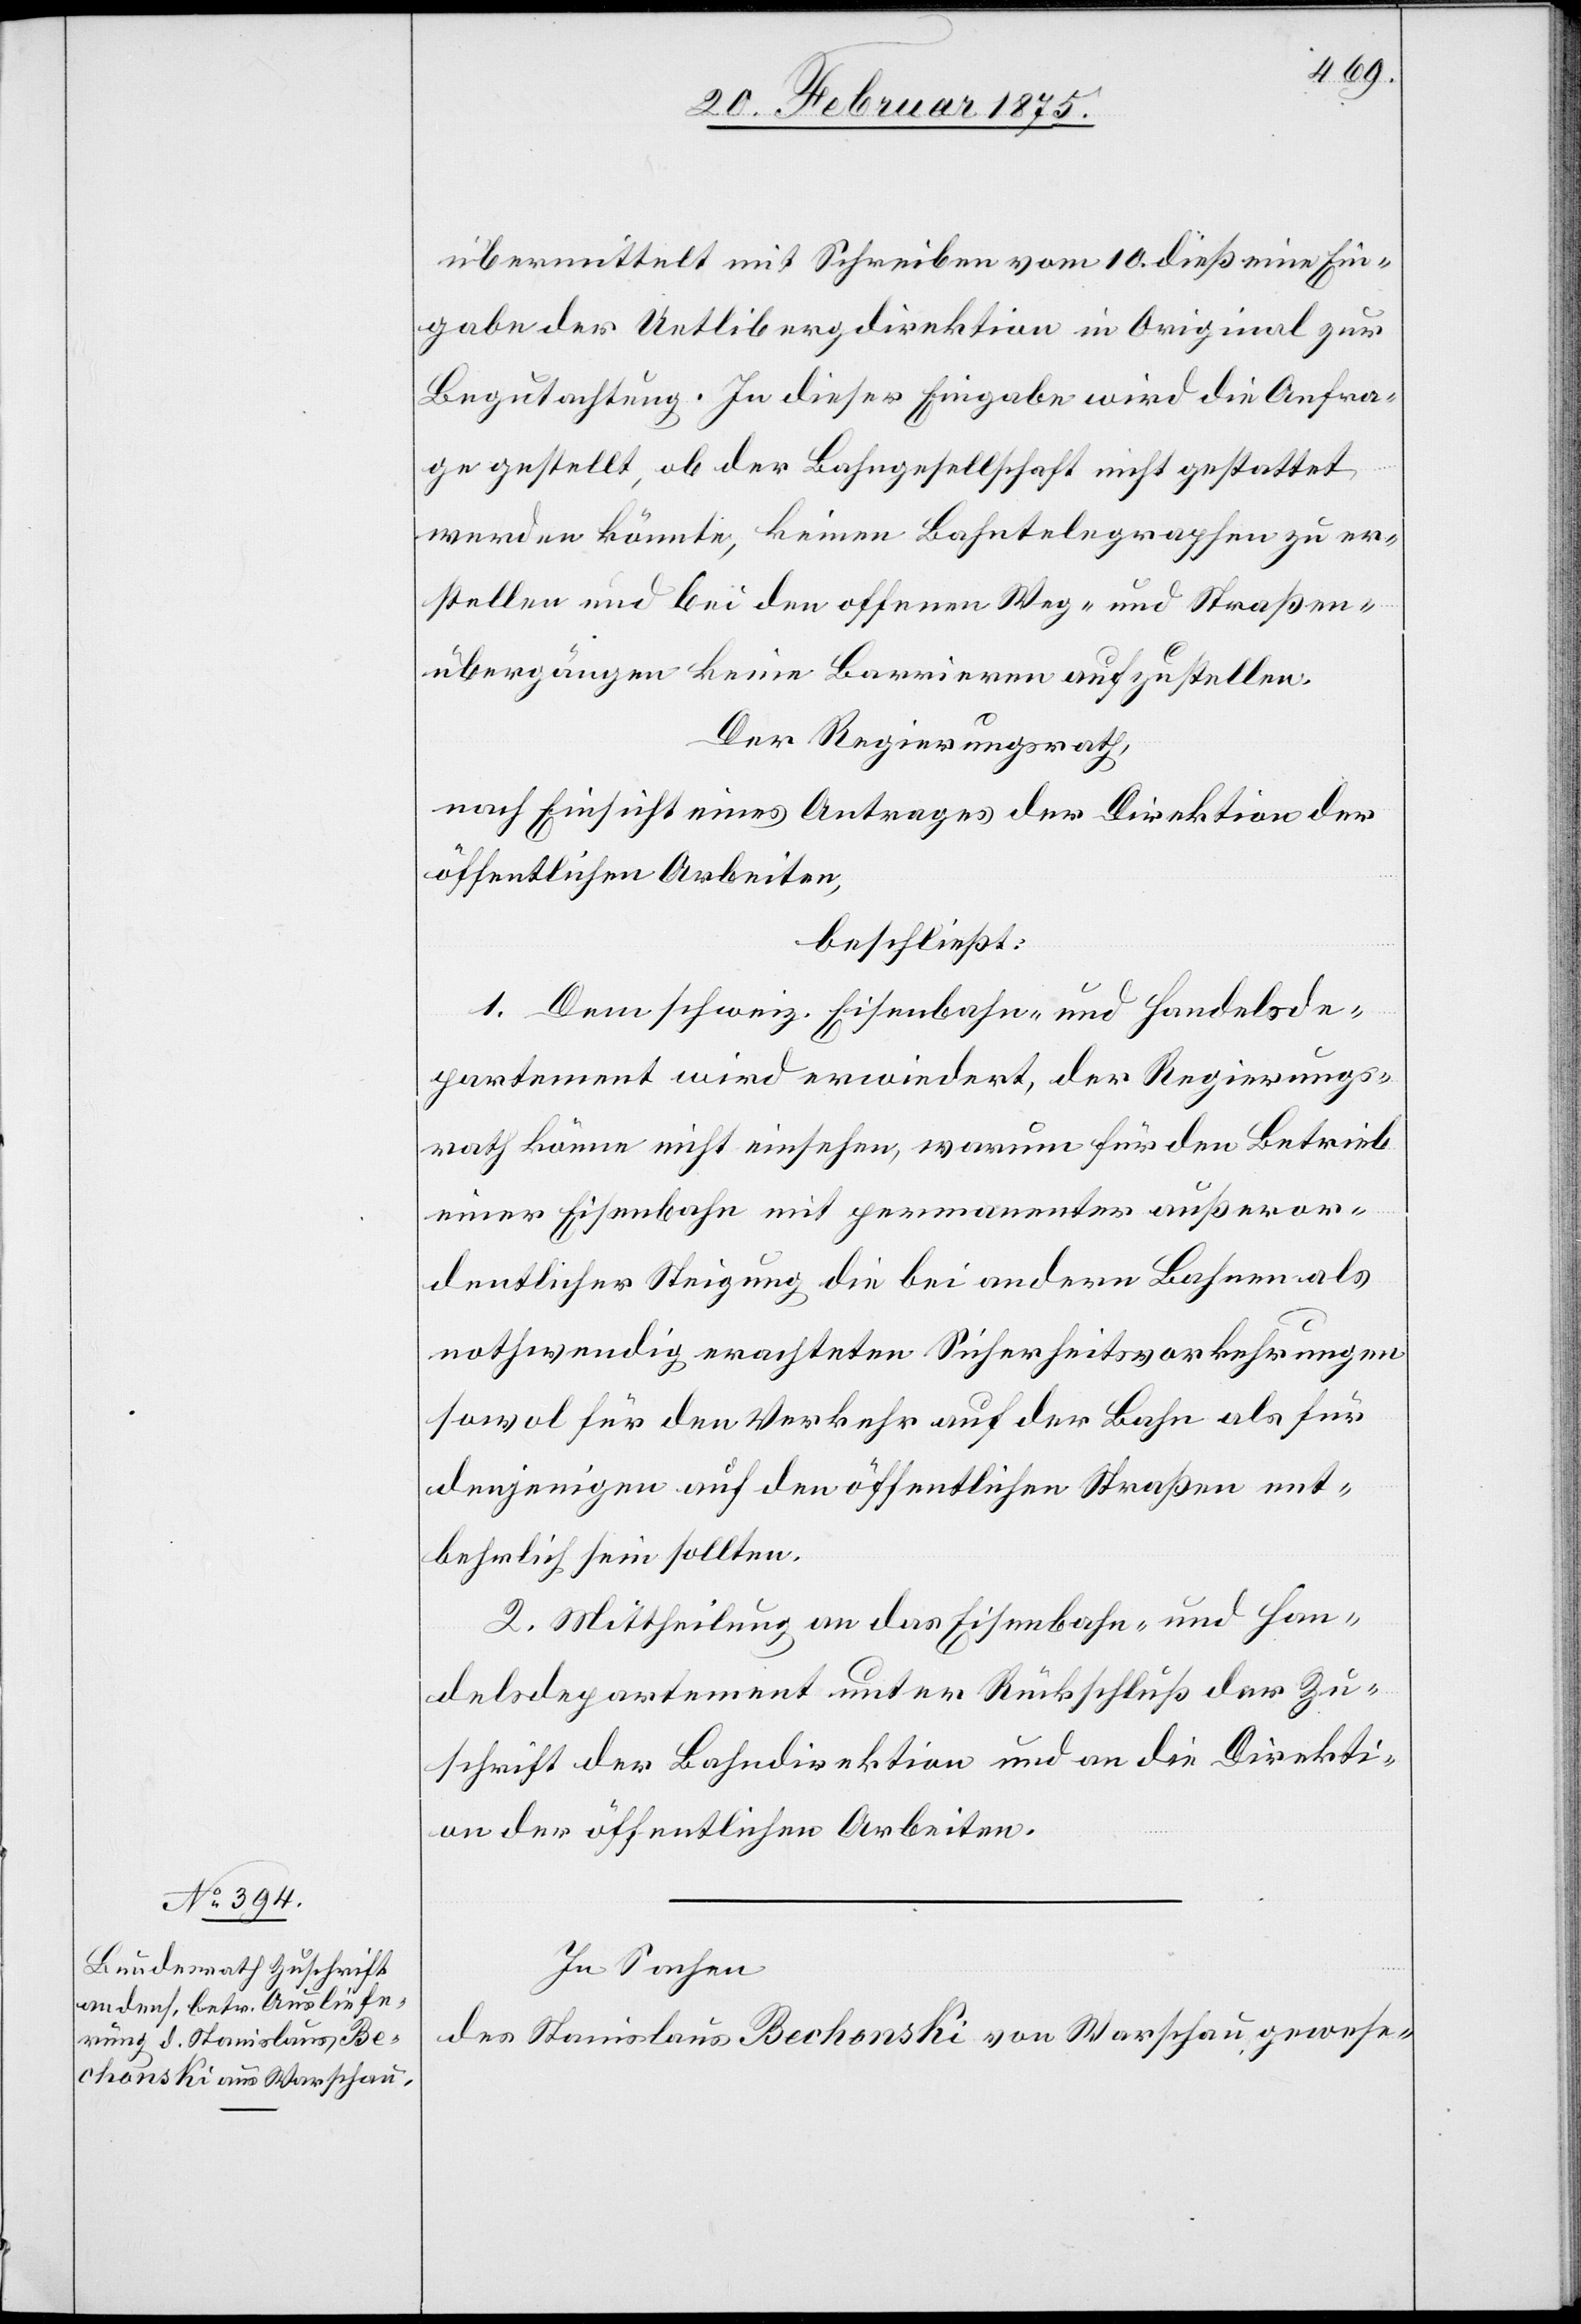
übermittelt mit Schreiben vom 10. dieß eine Ein¬
gabe der Uetlibergdirektion in Original zur
Begutachtung. In dieser Eingabe wird die Anfra¬
ge gestellt, ob der Bahngesellschaft nicht gestattet
werden könnte, keinen Bahntelegraphen zu er¬
stellen und bei den offenen Weg- und Straßen¬
übergängen keine Barrieren aufzustellen.
Der Regierungsrath,
nach Einsicht eines Antrages der Direktion der
öffentlichen Arbeiten,
beschließt:
1. Dem schweiz. Eisenbahn- und Handelsde¬
partement wird erwiedert, der Regierungs¬
rath könne nicht einsehen, warum für den Betrieb
einer Eisenbahn mit permanenter außeror¬
dentlicher Steigung die bei andern Bahnen als
nothwendig erachteten Sicherheitsvorkehrungen
sowol für den Verkehr auf der Bahn als für
denjenigen auf den öffentlichen Straßen ent¬
behrlich sein sollten.
2. Mittheilung an das Eisenbahn- und Han¬
delsdepartement unter Rückschluß der Zu¬
schrift der Bahndirektion und an die Direkti¬
on der öffentlichen Arbeiten.
In Sachen
des Stanislaus Bechonski von Warschau, gewese-